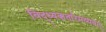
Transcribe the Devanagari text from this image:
विद्ध्यकर्तारमव्ययम्‌